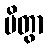
ပိတွာ